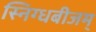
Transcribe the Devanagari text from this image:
स्निग्धबीजम्